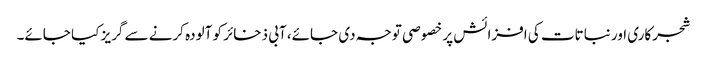
شجرکاری اور نباتات کی افزائش پر خصوصی توجہ دی جائے، آبی ذخائر کو آلودہ کرنے سے گریز کیا جائے۔